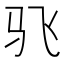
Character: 𮹂